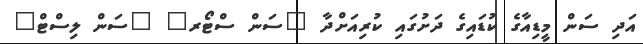
އަދި ސަން މީޑިއާގެ ކުޑައިގެ ދަށުގައި ކުރިއަށްދާ "ސަން ސްޓޯރ" "ސަން ލިސްޓް"